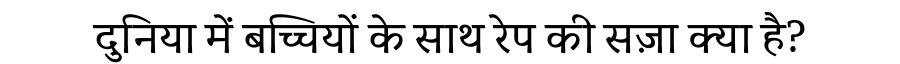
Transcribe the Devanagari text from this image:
दुनिया में बच्चियों के साथ रेप की सज़ा क्या है?